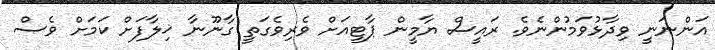
އަންނަނީ ވިދާޅުވަމުންނެވެ. ރައީސް ޔާމީން ޕާޓީއަށް ވެރިވެގަތީ ގާނޫނާ ޚިލާފަށް ކަމަށް ވެސް